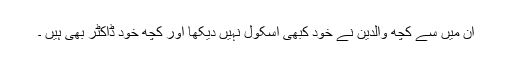
ان میں سے کچھ والدین نے خود کبھی اسکول نہیں دیکھا اور کچھ خود ڈاکٹر بھی ہیں ۔